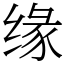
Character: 缘